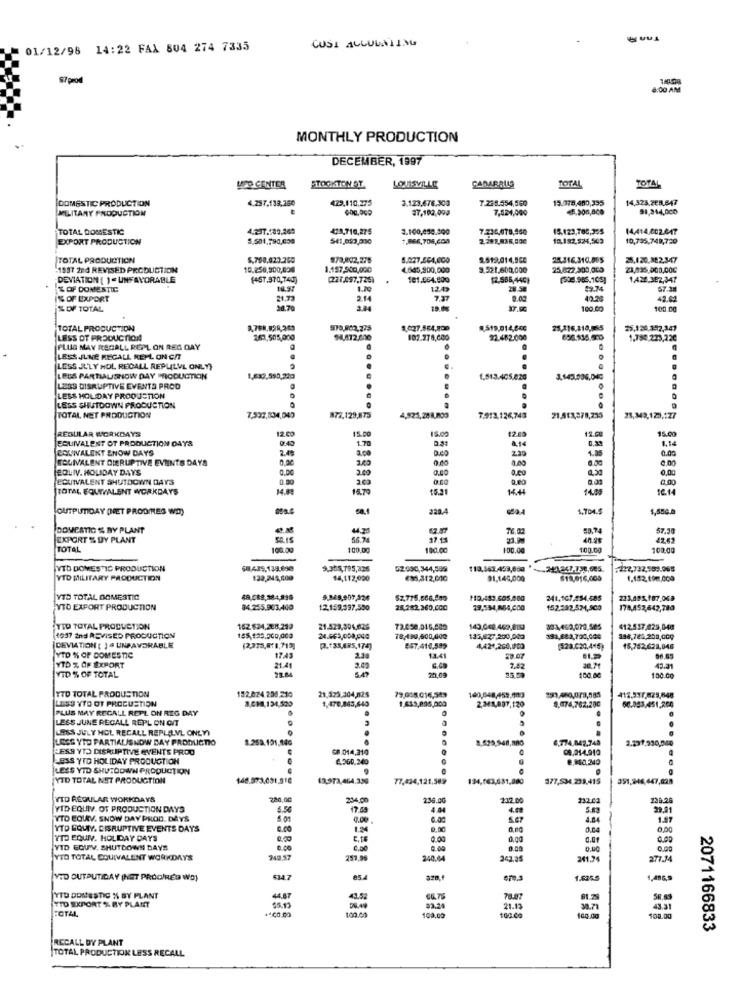
CUSI ALLUUNIIMG
01/12/98 14:22 FAX 804 274 7335
17 prod
8:00 AM
MONTHLY PRODUCTION
DECEMBER, 1997
TOTAL
MED CENTER
STOCKTON ST
LOUISVILLE
TOTAL
DOMESTIC PRODUCTION
429,110,275
3.123,476,300
7.235.554.060
15.078,400,395
14,325.768,647
MILITARY PRODUCTION
37,102,009
7,024,000
4.506,000
91,214,0CD
TOTAL DOMESTIC
4.237.109.269
471,710,275
3.100,050.300
7-236,078,950
15,123,785,355
14,414.002.047
EXPORT PRODUCTION
5.501,790,000
+ 866,705,000
2.282,835,000
10.182,524,509
10,795,749,720
TOTAL PRODUCTION
873,802.275
8.027,264,000
2.512,014,5CC
25.316.310.095
25.120.882,347
-1937 2nd REVISED PRODUCTION
10.256,900,000
1.157,500,000
4.045,900,000
3.521,600,000
25.822.300,005
23,035.000.000
DEVIATION [ ) - UNFAVORABLE
(457.970,740)
(227.497,725)
101.564.900
12.585,440}
1.422.392,347
Z OF DOMESTIC
16.94
1.70
12.49
28.54
89.74
57.11
% OF EXPORT
21.73
2.14
9.03
40.28
42.02
% OF TOTAL
26.70
3.84
100.00
100.00
TOTAL PRODUCTION
3.027.564,800
4,519,014,80
25,216,118,065
LESS OT PRODUCTION
263,505,000
$4,872,600
107.278,600
92.482.000
1.750.223,220
PLUS MAY RECALL REPL ON REG DAY
LESS JUNE RECALL KEHL ON C/T
LESS JULY HOL RECALL REPULVIL ONLY}
.
LESS PARTIALISNOW DAY PRODUCTION
1,513.405,020
3.145.006,040
LESS DISRUPTIVE EVENTS PROD
LESS HOLIDAY PRODUCTION
LESS SHUTDOWN PRODUCTION
TOTAL NET PRODUCTION
7,532,834,040
872.129,875
4,921,28 8,800
7.913.126,743
71.513278,235
23,343,123,177
REGULAR WORKDAYS
12.50
15.00
12.00
11.00
EQUIVALENT OF PRODUCTION DAYS
9:43
1.70
0.31
4.14
15.0
COWIVALENT ENOW DAYS
2.49
a.ca
0.00
0,33
1.85
0.00
1.14
EQUIVALENT QUERUPTIVE EVENTS DAYS
0.00
0.00
0,00
EQLIV. HOLIDAY DAYS
0.00
0,00
EQUIVALENT SHUTDOWN DAYS
0.30
0.60
0,00
0.00
TOTAL EQUIVALENT WORKDAYS
14.81
14.79
18.14
OUTPUTIDAY (NET PRODIRES WO)
058.4
220.4
1.704.$
DOMESTIC & BY PLANT
62.57
76.02
59.74
57.30
EXPORT % DY PLANT
56.2
40.28
42,47
TOTAL
100.00
100,00
100.00
100.00
100.00
100,00
VTD DOMESTIC PRODUCTION
68.435,139.690
9.355,795,336
52:000,344,599
113,343.453,690
YTD MILITARY PRODUCTION
120,245,500
14,112,000
81.145,000
$19.016,000
1.132, ffm,000
YTD TOTAL DOMESTIC
241.167.254,585
VTD EXPORT PRODUCTION
34.255,903.440
12.159.397,500
28.282.360.6CC
79,594,884,000
178,452,642,780
TID TOTAL PRODUCTION
152. 624,228,282
21.523,304,626
412.517,825,040
1937 2nd REVISED PRODUCTION
155.120.000,000
78,190,500,000
135,837.200,002
DEVIATION [ ) UNFAVORABLE
(.(31,685,174)
4,424,260,000
15,782,628,048
YTD % OF DOMESTIC
17.43
13.4
23.07
YTD % OF EXPORT
71.84
21.41
2.49
7.42
30.71
43.31
VID % OF TOTAL
100.00
100.00
TTD TOTAL PRODUSTION
152.074.200,210
21,523,304,825
3.690,134,500
79,055.016,549
1,613,895,000
160,648,459.003
LESS VTD OF PROCUSTION
PLUS MAY RECALL REPL ON REG DAY
1,470,063,640
2,341,897,120
9,074,762,280
66.083,451,200
LESS JUNE RECALL REPL ON CIT
LOSS JULY HOL RECALL REPLELVL ONLYI
LOSS YTO PARTIALISNOW DAY PRODUCTIO
6,774.047,748
2.231,930,000
LESS YTO DISRUPTIVE EVENTS PROD
G8 014,310
09,214.910
LESS YTD HOLIDAY PRODUCTION
4.360.340
8.840.240
LESS YTD SHUTDOWN PRODUCTION
YID TOTAL NET PRODUCTION
146.973,001.216
63,973,464.33G
77,434,121,509
377,534.239.415
351,246,447,028
YID REGULAR WORKDAYS
234.00
236.00
232 00
232.01
238.24
VID EQUIV. OT PRODUCTION DAYS
6.50
17.59
4.84
5.83
YTO EQUAV. SNOW DAY PROD. DAYS
5 01
9.00
0.00
1.87
YTD EQUIY. DISRUPTIVE EVENTS DAYS
6.00
0.00
0,00
YTD EQUIV. HOLIDAY DAYS
0.00
0.00
0.00
VID EQUIV. SHUTDOWN DAYS
6.00
0.00
9.80
0.00
YTD TOTAL EQUIVALENT WORKDAYS
240.57
257,99
240.44
341.35
241.7
277.34
VID OUTPUTIDAY (NET PROGRED WO)
534.7
670,3
1,406
YTD DOMESTIC % BY PLANT
44.47
43,52
66.76
78.87
TID EXPORT % BY PLANT
TOTAL
21.13
38.71
43.31
+4℃0.00
100,0
100.00
100.00
108.00
2071166833
RECALL BY PLANT
TOTAL PRODUCTION LESS RECALL